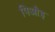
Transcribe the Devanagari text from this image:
पिऔइ